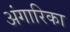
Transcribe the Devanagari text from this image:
अंगारिका